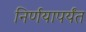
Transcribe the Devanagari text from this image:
निर्णयापर्यंत